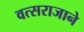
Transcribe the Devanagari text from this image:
वत्सराजाने